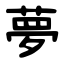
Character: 夢